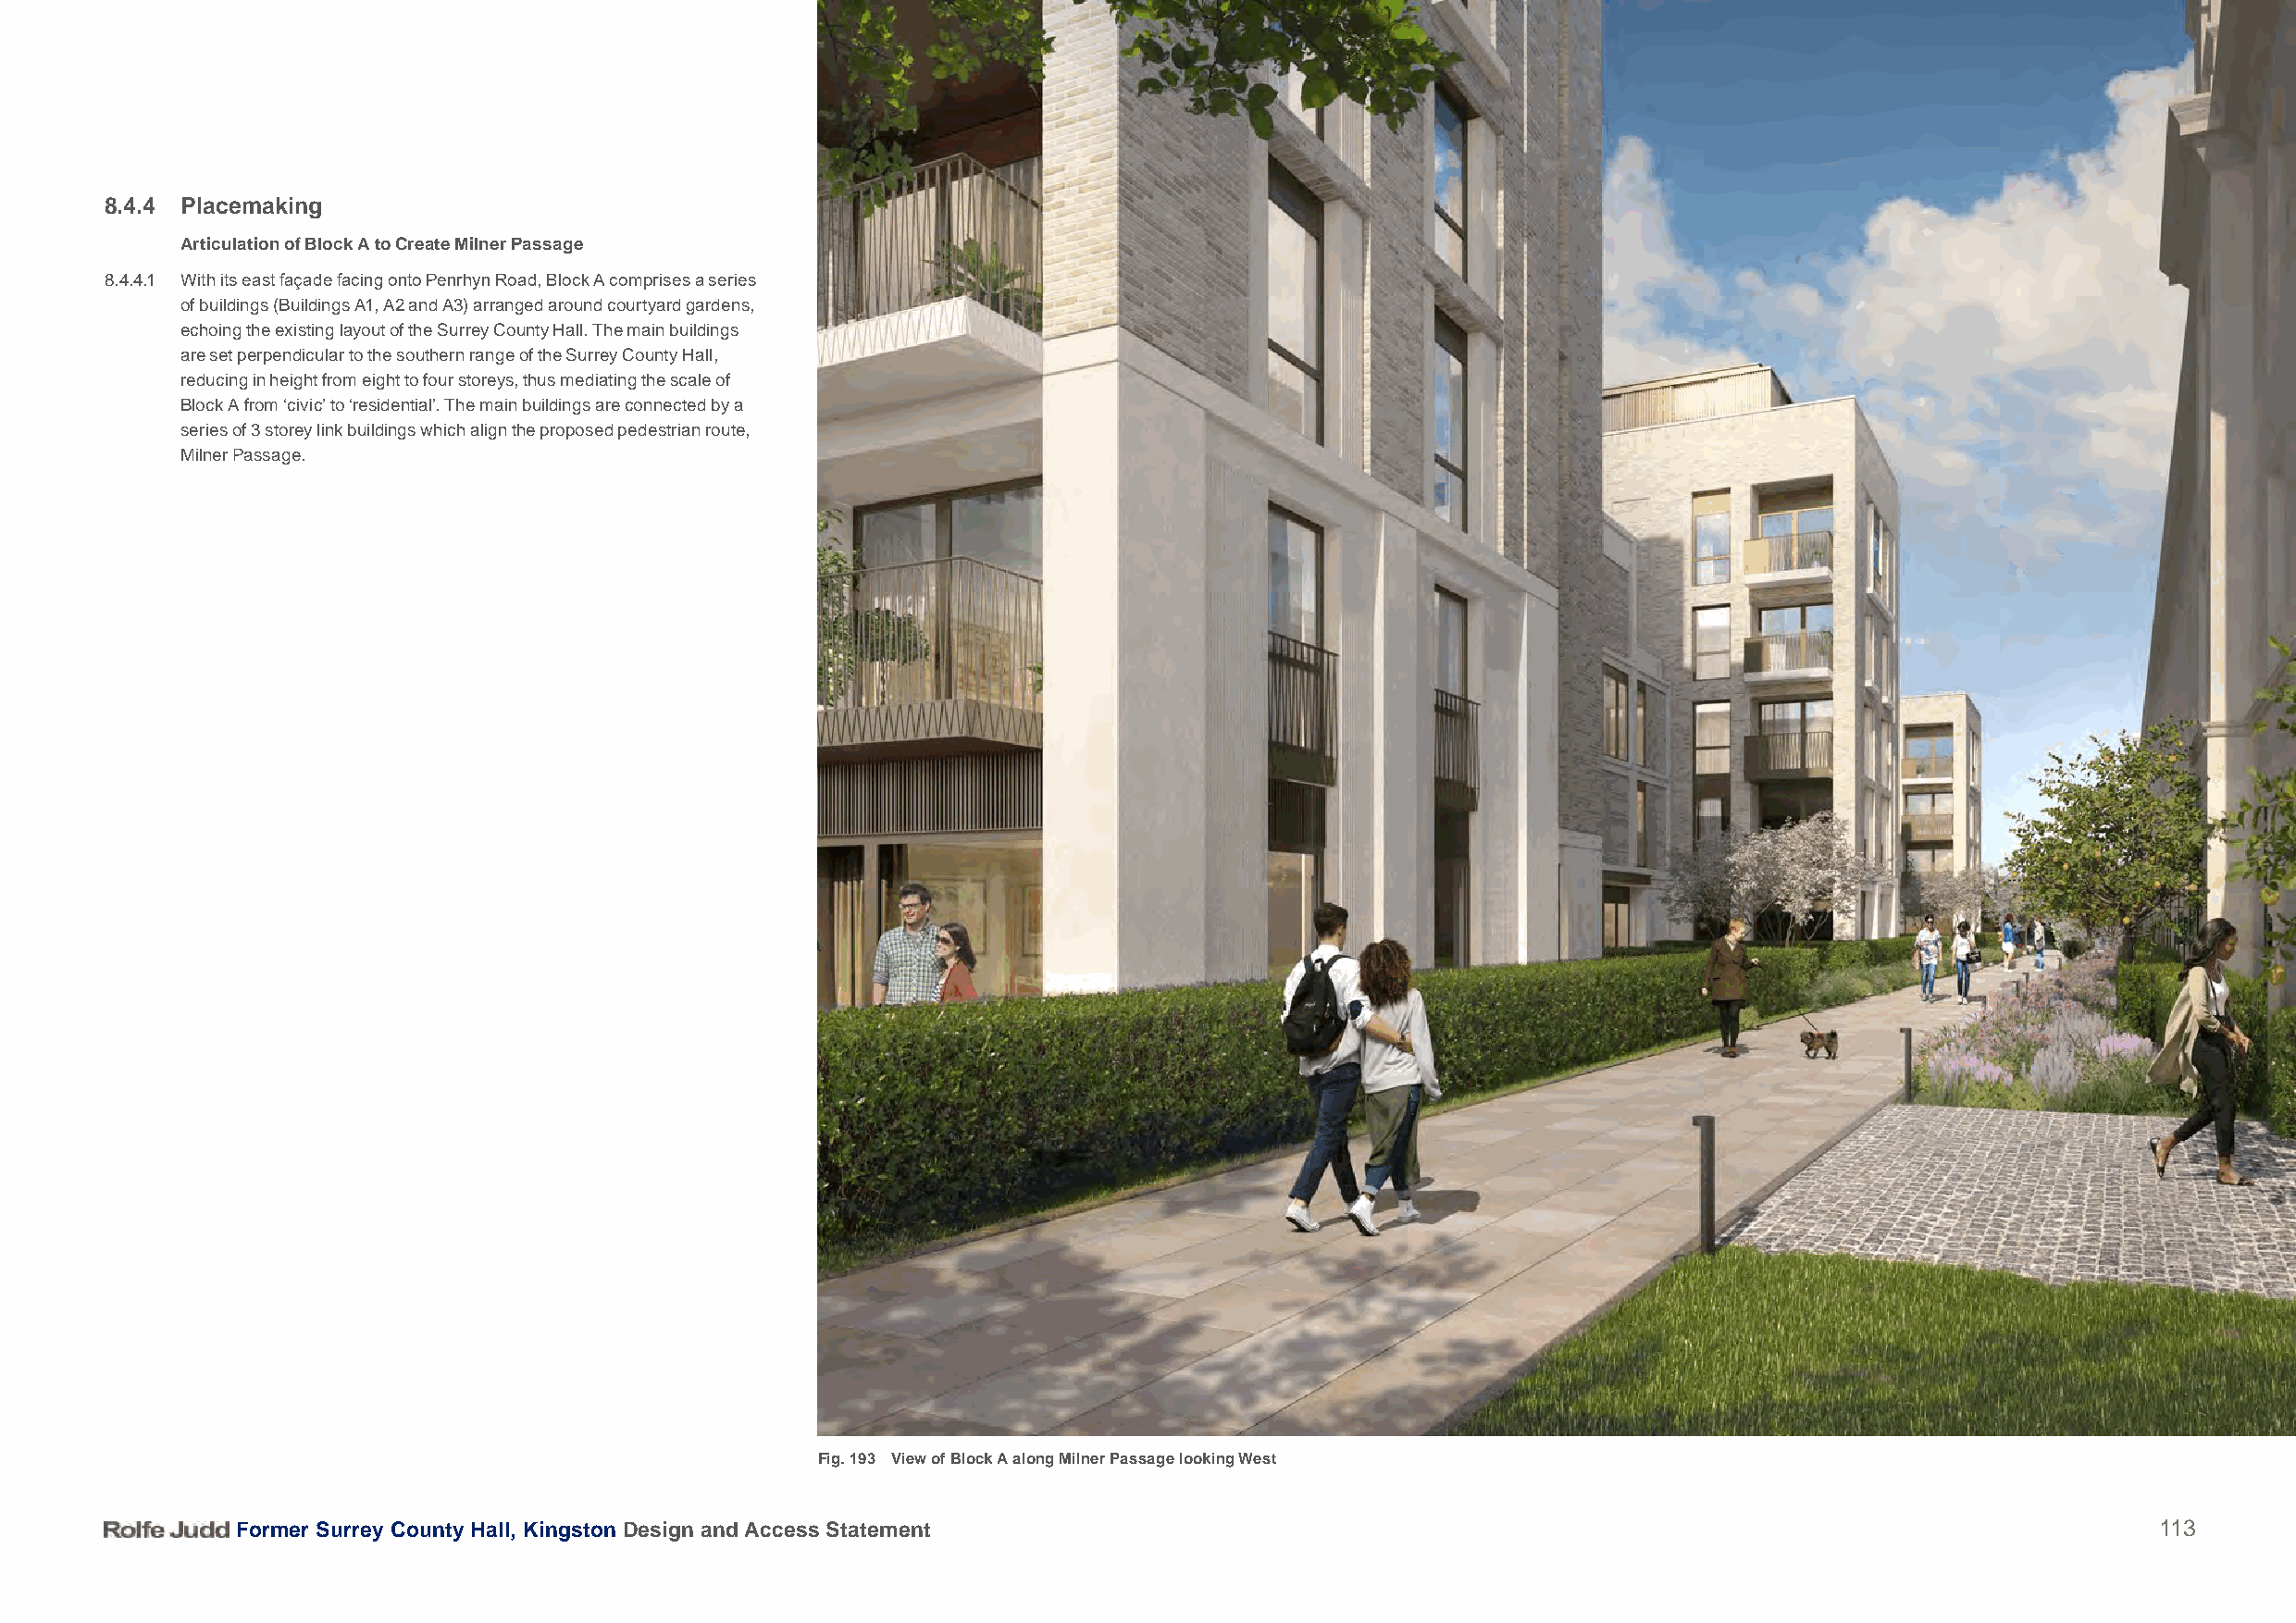
8.4.4 Placemaking
 Articulation of Block A to Create Milner Passage
 8.4.4.1 With its east façade facing onto Penrhyn Road, Block A comprises a series
 of buildings (Buildings A1, A2 and A3) arranged around courtyard gardens,
 echoing the existing layout of the Surrey County Hall. The main buildings
 are set perpendicular to the southern range of the Surrey County Hall,
 reducing in height from eight to four storeys, thus mediating the scale of
 Block A from ‘civic’ to ‘residential’. The main buildings are connected by a
 series of 3 storey link buildings which align the proposed pedestrian route,
 Milner Passage.
 Fig. 193 View of Block A along Milner Passage looking West
 Former Surrey County Hall, Kingston Design and Access Statement                                                                          113